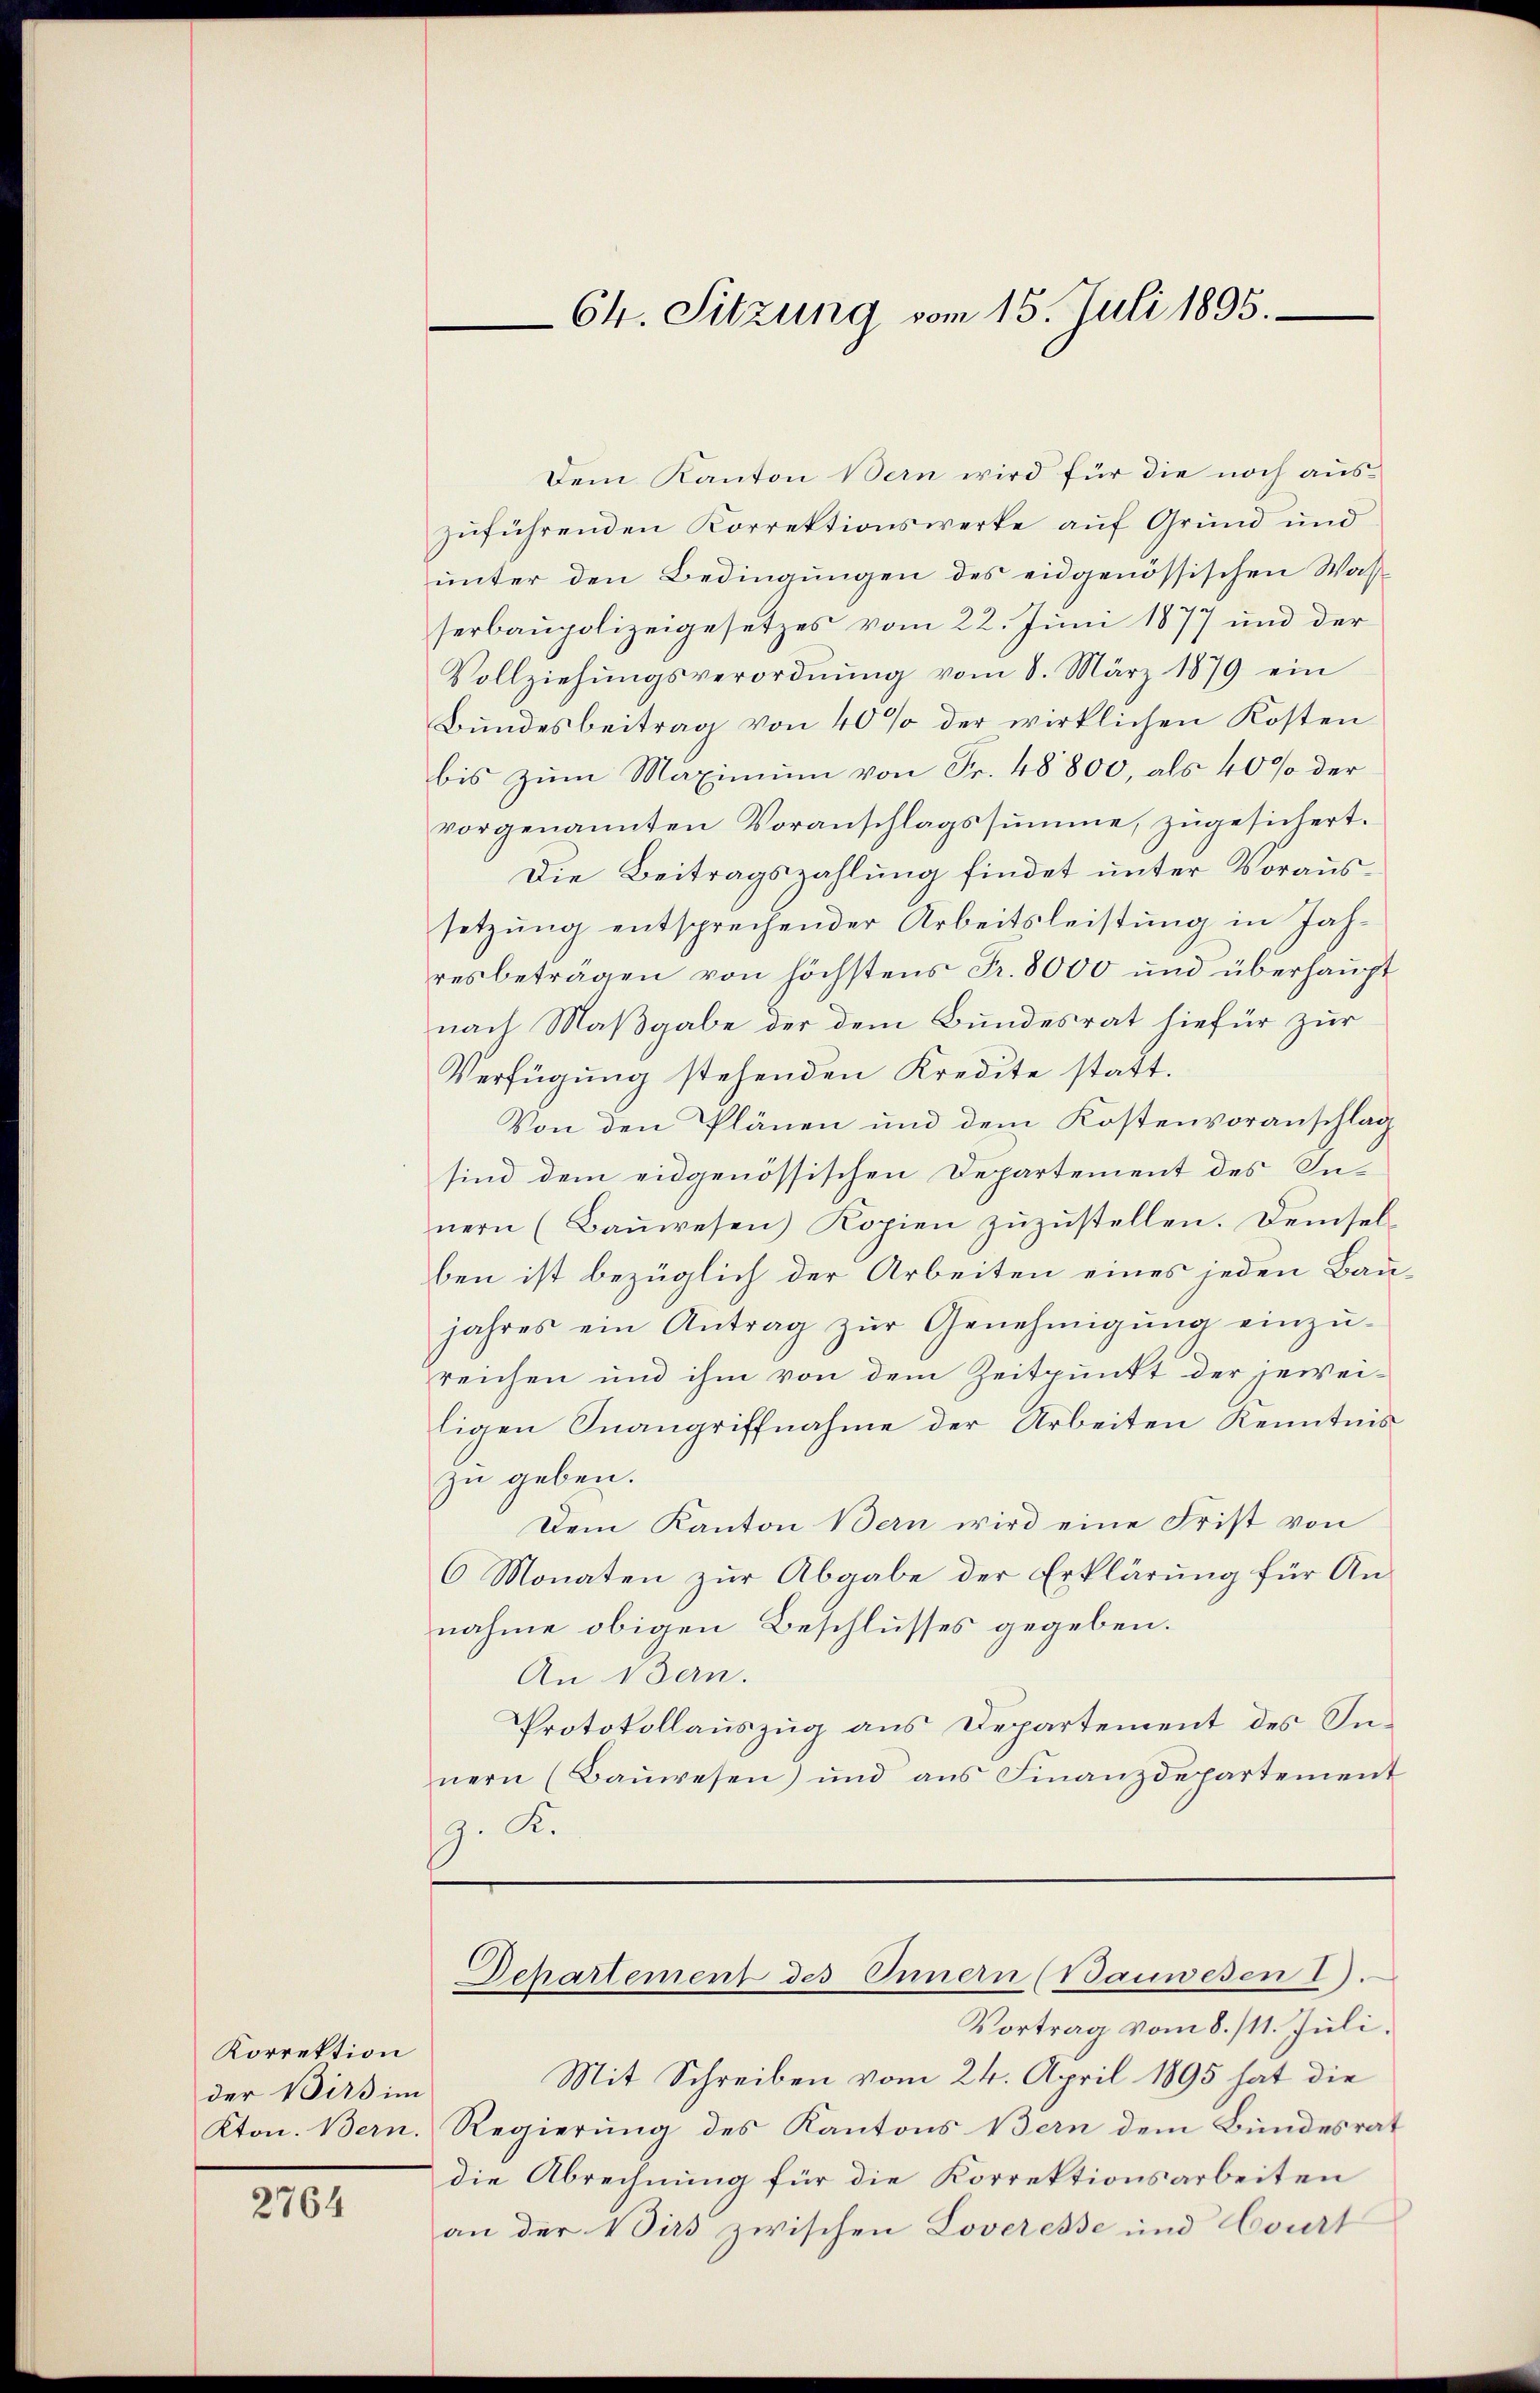
Korrektion
der Birs im

2764

64. Sitzung vom 15. Juli 1895.

Dem Kanton Bern wird für die noch auszuführenden Korrektionswerke auf Grund und
unter den Bedingungen des eidgenössischen Wasserbaupolizeigesetzes vom 22. Juni 1877 und der
Vollziehŭngsverordnŭng vom 8. März 1879 ein
Bundesbeitrag von 40% der wirklichen Kosten
bis zum Maximum von Fr. 48800, als 40% der
vorgenannten Voranschlagssumme, zugesichert.
Die Beitragszahlung findet unter Voraussetzŭng entsprechender Arbeitsleistŭng in Jahres beträgen von höchstens Fr. 8000 und überhaupt
nach Maßgabe der dem Bundesrat hiefür zur
Verfügung stehenden Kredite statt.
Von den Plänen und dem Kostenvoranschlag
sind dem eidgenössischen Departement des In-
nern (Baŭwesen Kopien zŭzŭstellen. Demsel-
ben ist bezüglich der Arbeiten eines jeden Baujahres ein Antrag zŭr Genehmigŭng einzŭ-
reichen und ihm von dem Zeitpunkt der jeweiligen Inangriffnahme der Arbeiten Kenntnis
zu geben.
Dem Kanton Bern wird eine Frist von
6 Monaten zur Abgabe der Erklärung für Annahme obigen Beschlusses gegeben.
An Vern.
Protokollauszug aus Departement des Innern (Bauwesen) und aus Finanzdepartement
p. K.

Departement des Innern (Bauwesen I.

Vortrag vom 8./11. Juli.
Mit Schreiben vom 24. April 1895 hat die
Kton. Bern. Regierung des Kantons Bern dem Bundesrat
die Abrechnung für die Korrektionsarbeiten
an der Dirs zwischen Loveresse und Court